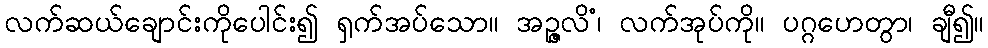
လက်ဆယ်ချောင်းကိုပေါင်း၍ ရှက်အပ်သော။ အဉ္ဇလိံ၊ လက်အုပ်ကို။ ပဂ္ဂဟေတွာ၊ ချီ၍။